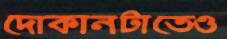
দোকানটাতেও